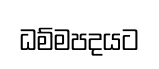
ධම්මපදයට